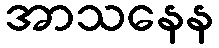
အာသနေန